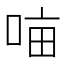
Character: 𭈈